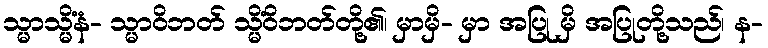
သ္မာသ္မိံနံ- သ္မာဝိဘတ် သ္မိံဝိဘတ်တို့၏၊ မှာမှိ- မှာ အပြု မှိ အပြုတို့သည်၊ န-